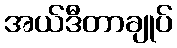
အယ်ဒီတာချုပ်